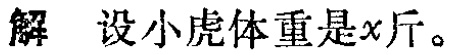
解 设小虎体重是\(x\)斤。